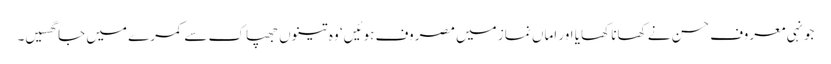
جونہی معروف حسن نے کھانا کھایا اور اماں نماز میں مصروف ہوئیں‘ وہ تینوں جھپاک سے کمرے میں جا گھسیں۔